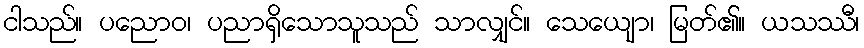
ငါသည်။ ပညောဝ၊ ပညာရှိသောသူသည် သာလျှင်။ သေယျော၊ မြတ်၏။ ယသဿီ၊